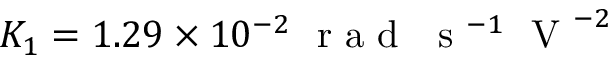
K _ { 1 } = 1 . 2 9 \times 1 0 ^ { - 2 } ~ \mathrm { ~ r ~ a ~ d ~ } ~ \mathrm { ~ s ~ } ^ { - 1 } ~ \mathrm { ~ V ~ } ^ { - 2 }